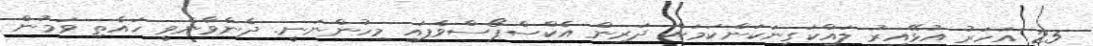
25 އަހަރު އުޅޭއިރު ލައްކަގިނަކަންކަމަށް ދަރިން އެކްސްޕޯސްވެފައި މިހުންނަނީ. ދެންވާންވީ ހައެތި ވަމުން